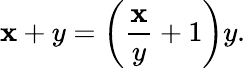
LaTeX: \mathbf{x}+y=\left({\frac{{\mathbf{x}}}{{y}}}+1\right)y.